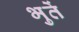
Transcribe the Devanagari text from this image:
भुतें